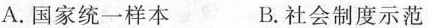
A. 国家统一样本 B. 社会制度示范